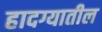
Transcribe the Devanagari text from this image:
हादग्यातील